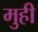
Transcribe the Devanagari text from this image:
मुही